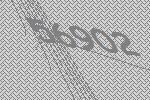
56902